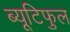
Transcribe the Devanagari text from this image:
ब्यूटिफुल